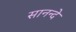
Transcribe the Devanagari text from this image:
सानन्दे